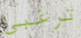
ترغبي